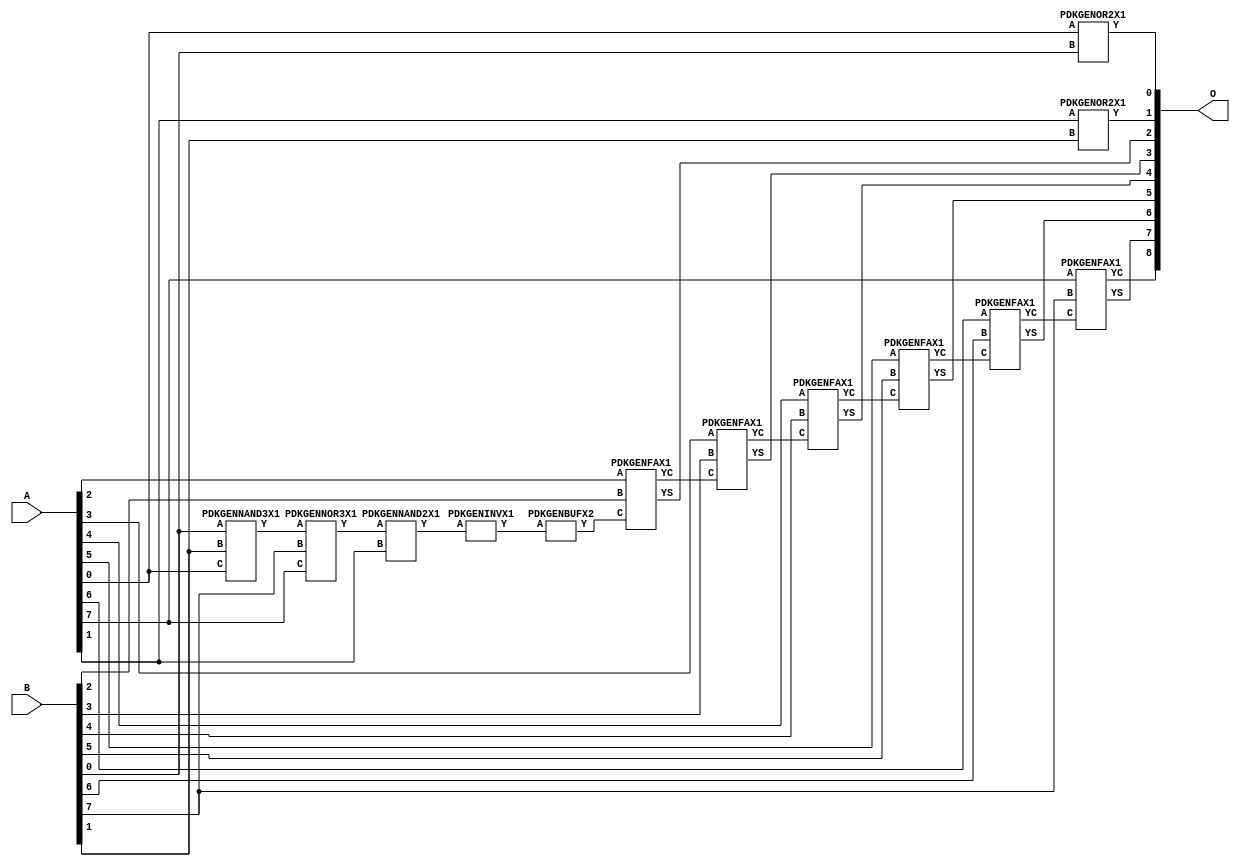
// Library = EvoApprox8b
// Circuit = add8_122
// Area   (180) = 948
// Delay  (180) = 1.710
// Power  (180) = 267.00
// Area   (45) = 69
// Delay  (45) = 0.660
// Power  (45) = 26.20
// Nodes = 13
// HD = 87712
// MAE = 0.71875
// MSE = 1.37500
// MRE = 0.37 %
// WCE = 3
// WCRE = 50 %
// EP = 43.8 %

module add8_122(A, B, O);
  input [7:0] A;
  input [7:0] B;
  output [8:0] O;
  wire [2031:0] N;

  assign N[0] = A[0];
  assign N[1] = A[0];
  assign N[2] = A[1];
  assign N[3] = A[1];
  assign N[4] = A[2];
  assign N[5] = A[2];
  assign N[6] = A[3];
  assign N[7] = A[3];
  assign N[8] = A[4];
  assign N[9] = A[4];
  assign N[10] = A[5];
  assign N[11] = A[5];
  assign N[12] = A[6];
  assign N[13] = A[6];
  assign N[14] = A[7];
  assign N[15] = A[7];
  assign N[16] = B[0];
  assign N[17] = B[0];
  assign N[18] = B[1];
  assign N[19] = B[1];
  assign N[20] = B[2];
  assign N[21] = B[2];
  assign N[22] = B[3];
  assign N[23] = B[3];
  assign N[24] = B[4];
  assign N[25] = B[4];
  assign N[26] = B[5];
  assign N[27] = B[5];
  assign N[28] = B[6];
  assign N[29] = B[6];
  assign N[30] = B[7];
  assign N[31] = B[7];

  PDKGENOR2X1 n32(.A(N[0]), .B(N[16]), .Y(N[32]));
  PDKGENNAND3X1 n52(.A(N[16]), .B(N[18]), .C(N[0]), .Y(N[52]));
  PDKGENNOR3X1 n58(.A(N[52]), .B(N[30]), .C(N[14]), .Y(N[58]));
  assign N[59] = N[58];
  PDKGENNAND2X1 n62(.A(N[59]), .B(N[2]), .Y(N[62]));
  assign N[63] = N[62];
  PDKGENOR2X1 n82(.A(N[2]), .B(N[18]), .Y(N[82]));
  assign N[83] = N[82];
  PDKGENINVX1 n114(.A(N[63]), .Y(N[114]));
  PDKGENBUFX2 n130(.A(N[114]), .Y(N[130]));
  PDKGENFAX1 n132(.A(N[4]), .B(N[20]), .C(N[130]), .YS(N[132]), .YC(N[133]));
  PDKGENFAX1 n182(.A(N[6]), .B(N[22]), .C(N[133]), .YS(N[182]), .YC(N[183]));
  PDKGENFAX1 n232(.A(N[8]), .B(N[24]), .C(N[183]), .YS(N[232]), .YC(N[233]));
  PDKGENFAX1 n282(.A(N[10]), .B(N[26]), .C(N[233]), .YS(N[282]), .YC(N[283]));
  PDKGENFAX1 n332(.A(N[12]), .B(N[28]), .C(N[283]), .YS(N[332]), .YC(N[333]));
  PDKGENFAX1 n382(.A(N[14]), .B(N[30]), .C(N[333]), .YS(N[382]), .YC(N[383]));

  assign O[0] = N[32];
  assign O[1] = N[83];
  assign O[2] = N[132];
  assign O[3] = N[182];
  assign O[4] = N[232];
  assign O[5] = N[282];
  assign O[6] = N[332];
  assign O[7] = N[382];
  assign O[8] = N[383];

endmodule
/* mod */
module PDKGENFAX1( input A, input B, input C, output YS, output YC );
    assign YS = (A ^ B) ^ C;
    assign YC = (A & B) | (B & C) | (A & C);
endmodule
/* mod */
module PDKGENOR2X1(input A, input B, output Y );
     assign Y = A | B;
endmodule
/* mod */
module PDKGENNOR3X1(input A, input B, input C, output Y );
     assign Y = ~((A | B) | C);
endmodule
/* mod */
module PDKGENINVX1(input A, output Y );
     assign Y = ~A;
endmodule
/* mod */
module PDKGENNAND3X1(input A, input B, input C, output Y );
     assign Y = ~((A & B) & C);
endmodule
/* mod */
module PDKGENBUFX2(input A, output Y );
     assign Y = A;
endmodule
/* mod */
module PDKGENNAND2X1(input A, input B, output Y );
     assign Y = ~(A & B);
endmodule